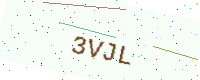
Text: 3VJL